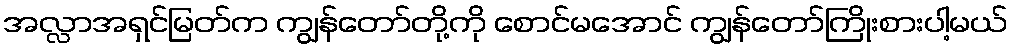
အလ္လာအရှင်မြတ်က ကျွန်တော်တို့ကို စောင်မအောင် ကျွန်တော်ကြိုးစားပါ့မယ်